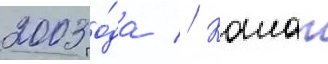
2003 го́да // Калап